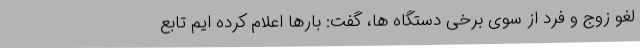
لغو زوج و فرد از سوی برخی دستگاه ها، گفت: بارها اعلام کرده ایم تابع